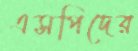
এসপিদের